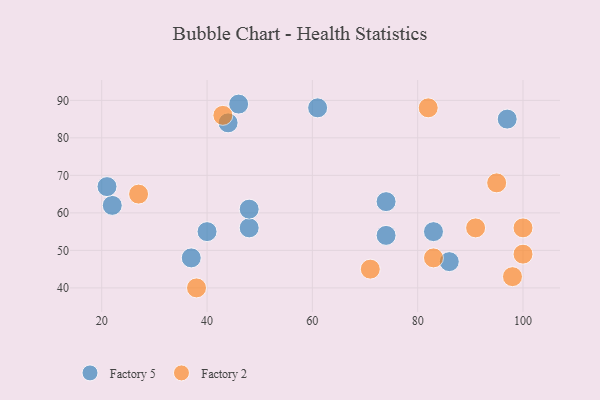
{"axis": {"x": "GDP", "y": "Life Expectancy"}, "legend": ["Factory 2", "Factory 5"], "data": [{"x": "61", "y": 88, "type": "Factory 5"}, {"x": "46", "y": 89, "type": "Factory 5"}, {"x": "40", "y": 55, "type": "Factory 5"}, {"x": "37", "y": 48, "type": "Factory 5"}, {"x": "48", "y": 56, "type": "Factory 5"}, {"x": "74", "y": 63, "type": "Factory 5"}, {"x": "83", "y": 55, "type": "Factory 5"}, {"x": "86", "y": 47, "type": "Factory 5"}, {"x": "48", "y": 61, "type": "Factory 5"}, {"x": "97", "y": 85, "type": "Factory 5"}, {"x": "22", "y": 62, "type": "Factory 5"}, {"x": "44", "y": 84, "type": "Factory 5"}, {"x": "21", "y": 67, "type": "Factory 5"}, {"x": "74", "y": 54, "type": "Factory 5"}, {"x": "38", "y": 40, "type": "Factory 2"}, {"x": "83", "y": 48, "type": "Factory 2"}, {"x": "82", "y": 88, "type": "Factory 2"}, {"x": "95", "y": 68, "type": "Factory 2"}, {"x": "43", "y": 86, "type": "Factory 2"}, {"x": "98", "y": 43, "type": "Factory 2"}, {"x": "100", "y": 56, "type": "Factory 2"}, {"x": "71", "y": 45, "type": "Factory 2"}, {"x": "100", "y": 49, "type": "Factory 2"}, {"x": "91", "y": 56, "type": "Factory 2"}, {"x": "27", "y": 65, "type": "Factory 2"}]}